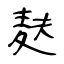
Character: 麸